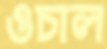
ওচাল